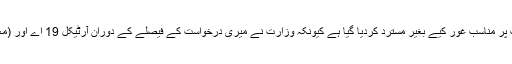
وزارت کو بھجوا دیئے گئے ایک بیان میں ، مختار نے کہا کہ ان کی درخواست پر مناسب غور کیے بغیر مسترد کردیا گیا ہے کیونکہ وزارت نے میری درخواست کے فیصلے کے دوران آرٹیکل 19 اے اور (معلومات تک رسائی کے حق) ایکٹ پر غور کرنے کی زحمت بھی نہیں کی ہے۔